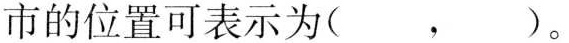
市的位置可表示为( ，)。